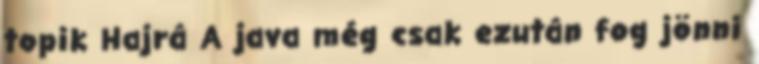
topik Hajrá A java még csak ezután fog jönni